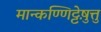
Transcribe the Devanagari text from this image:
मान्कण्णिट्टेषु़त्तु